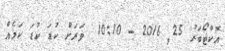
އޮކްޓޯބަރު 25